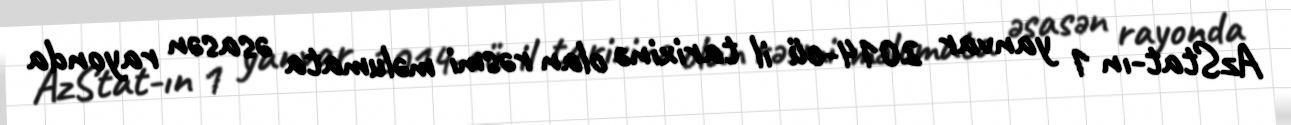
AzStat-ın 1 yanvar 2014-cü il tarixinə olan rəsmi məlumata əsasən rayonda